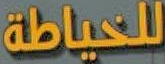
للخياطة